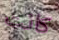
كانت